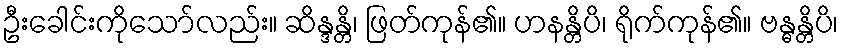
ဦးခေါင်းကိုသော်လည်း။ ဆိန္ဒန္တိ၊ ဖြတ်ကုန်၏။ ဟနန္တိပိ၊ ရိုက်ကုန်၏။ ဗန္ဓန္တိပိ၊